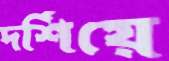
দর্শিয়ে